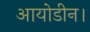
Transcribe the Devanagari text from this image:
आयोडीन।